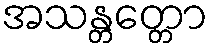
အသန္တတ္တော